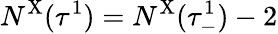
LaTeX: N^{\mathrm{X}}(\tau^{1})=N^{\mathrm{X}}(\tau_{-}^{1})-2